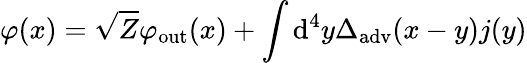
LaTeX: \varphi(x)={\sqrt{Z}}\varphi_{\mathrm{out}}(x)+\int\mathrm{d}^{4}y\Delta_{\mathrm{adv}}(x-y)j(y)